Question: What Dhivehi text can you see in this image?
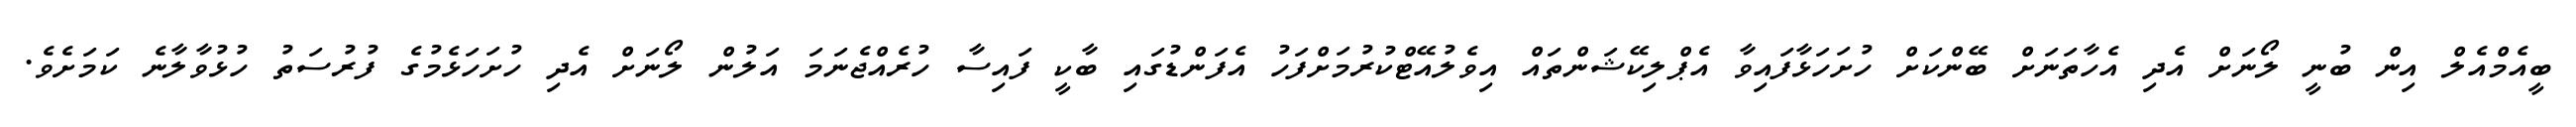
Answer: ބީއެމްއެލް އިން ބުނީ ލޯނަށް އެދި އެހާތަނަށް ބޭންކަށް ހުށަހަޅާފައިވާ އެޕްލިކޭޝަންތައް އިވެލުއޭޓްކުރުމަށްފަހު އެފަންޑުގައި ބާކީ ފައިސާ ހުރެއްޖެނަމަ އަލުން ލޯނަށް އެދި ހުށަހަޅެމުގެ ފުރުސަތު ހުޅުވާލާނެ ކަމަށެވެ.